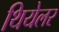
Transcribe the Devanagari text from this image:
थियेलर